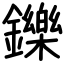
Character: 鑠